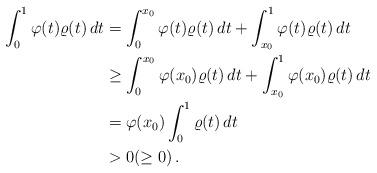
LaTeX: \begin{align*}\int_0^1 \varphi(t)\varrho(t)\,dt&=\int_0^{x_0} \varphi(t)\varrho(t)\,dt+\int_{x_0}^1 \varphi(t)\varrho(t)\,dt\\&\ge \int_0^{x_0} \varphi(x_0)\varrho(t)\,dt+\int_{x_0}^1 \varphi(x_0)\varrho(t)\,dt\\&=\varphi(x_0)\int_0^{1} \varrho(t)\,dt\\&> 0 ( \ge 0)\,.\end{align*}